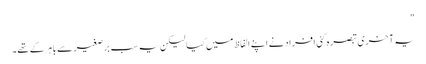
"
یہ آخری تبصرہ کئی افراد نے اپنے الفاظ میں کیا لیکن یہ سب برصغیر سے باہر کے تھے۔